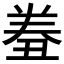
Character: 𰃤